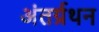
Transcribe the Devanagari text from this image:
अंतर्ग्रथन